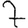
Digit: 7